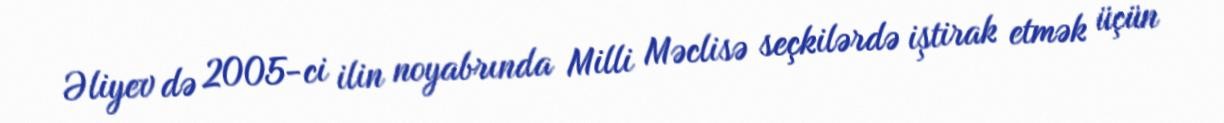
Əliyev də 2005-ci ilin noyabrında Milli Məclisə seçkilərdə iştirak etmək üçün